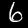
Label: 6